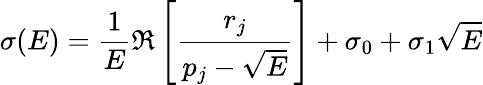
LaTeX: \sigma(E)=\frac{1}{E}\Re\left[\frac{r_{j}}{p_{j}-\sqrt{E}}\right]+\sigma_{0}+\sigma_{1}\sqrt{E}